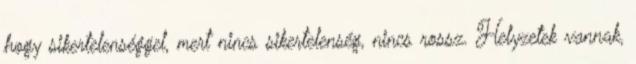
hogy sikertelenséggel, mert nincs sikertelenség, nincs rossz. Helyzetek vannak,